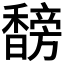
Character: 𬳣